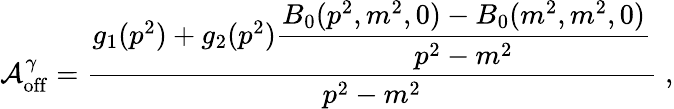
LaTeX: {\cal A}_{\mathrm{off}}^{\gamma}=\frac{g_{1}(p^{2})+g_{2}(p^{2})\displaystyle\frac{B_{0}(p^{2},m^{2},0)-B_{0}(m^{2},m^{2},0)}{p^{2}-m^{2}}}{p^{2}-m^{2}}\; ,